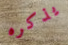
يذكره